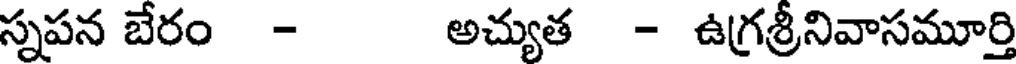
స్నపన బేరం - అచ్యుత - ఉగ్రశ్రీనివాసమూర్తి